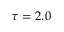
\tau = 2 . 0